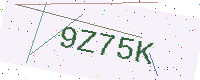
Text: 9Z75K